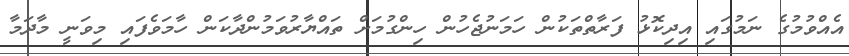
އެއްވުމުގެ ނަމުގައި އިދިކޮޅު ފަރާތްތަކުން ހަމަނުޖެހުން ހިންގުމަށް ތައްޔާރުވަމުންދާކަން ހާމަވެފައި މިވަނީ މާދަމާ